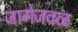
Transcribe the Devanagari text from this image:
जागेजवळ